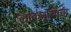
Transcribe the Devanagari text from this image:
लोकनृत्याचा